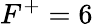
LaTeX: F^{+}=6